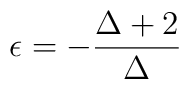
\epsilon =-\frac{\Delta+2}{\Delta}